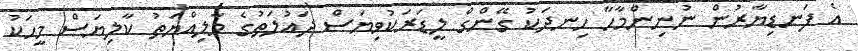
އެ ފަނޑިޔާރުން ނުނިންމާހާ ހިނދަކު ގޭންގް ލީޑަރަކުވިޔަސް ދައުލަތުގެ މާލިއްޔަތު ކާލިޔަސް މީހަކު